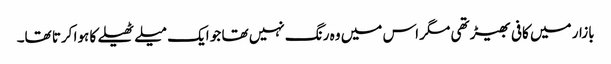
بازار میں کافی بھیڑ تھی مگر اس میں وہ رنگ نہیں تھا جو ایک میلے ٹھیلے کا ہوا کرتا تھا۔